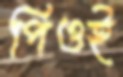
পিওই